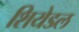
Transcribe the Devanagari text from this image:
शियेडल